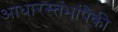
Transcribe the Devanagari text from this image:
आधारस्तंभांपैकी